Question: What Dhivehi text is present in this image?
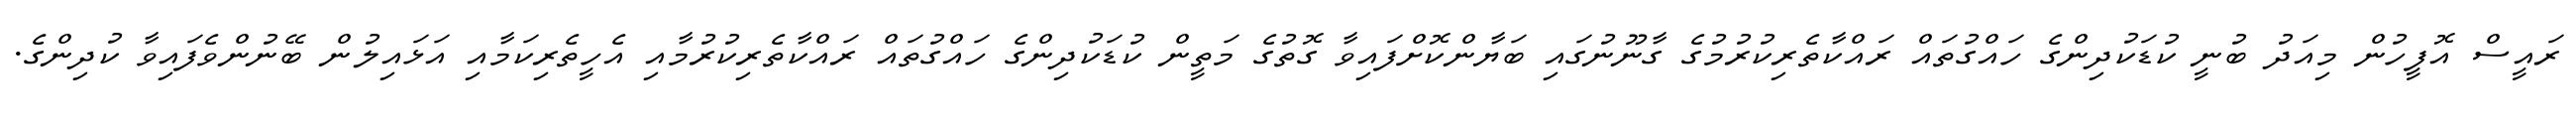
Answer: ރައީސް އޮފީހުން މިއަދު ބުނީ ކުޑަކުދިންގެ ހައްގުތައް ރައްކާތެރިކުރުމުގެ ގާނޫނުގައި ބަޔާންކޮށްފައިވާ ގޮތުގެ މަތީން ކުޑަކުދިންގެ ހައްގުތައް ރައްކާތެރިކުރުމާއި އެހީތެރިކަމާއި އަޅައިލުން ބޭނުންވެފައިވާ ކުދިންގެ.